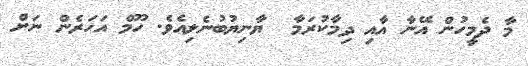
މާ ދެމީހުން އޭނާ އާއި ދިމާކުރަމާ  ޔާނިޔުބުނެލިއެވެ. ހޫމް އަހަރެން ނަށް